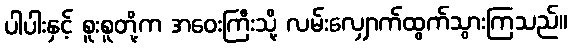
ပါပါးနှင့် စူးစူတို့က အဝေးကြီးသို့ လမ်းလျှောက်ထွက်သွားကြသည်။